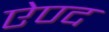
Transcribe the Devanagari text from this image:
ऐण्द